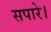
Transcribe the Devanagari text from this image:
सपारे।